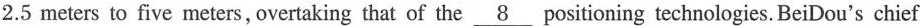
2.5 meters to five meters, overtaking that of the \underline{8} positioning technologies. BeiDou's chief